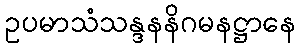
ဥပမာသံသန္ဒနနိဂမနဋ္ဌာနေ